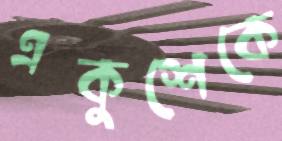
একুশেকে